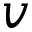
v